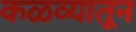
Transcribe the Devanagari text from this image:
कळव्यातून